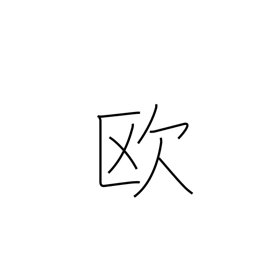
Meaning: Europe